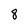
Character: 8